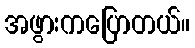
အဖွားကပြောတယ်။